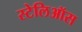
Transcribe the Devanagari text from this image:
स्टेलिऑस